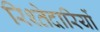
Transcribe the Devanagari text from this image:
रिश्तेदारियों